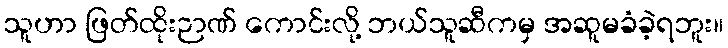
သူဟာ ဖြတ်ထိုးဉာဏ် ကောင်းလို့ ဘယ်သူဆီကမှ အဆူမခံခဲ့ရဘူး။